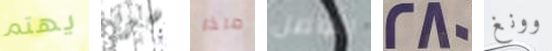
يهتم سريه ماذا التواصل 280 وونغ